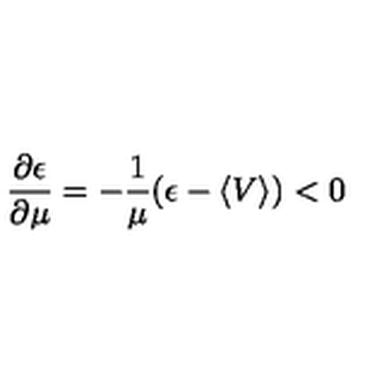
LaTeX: \frac { \partial \epsilon } { \partial \mu } = - \frac { 1 } { \mu } ( \epsilon - \langle V \rangle ) < 0